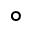
\circ